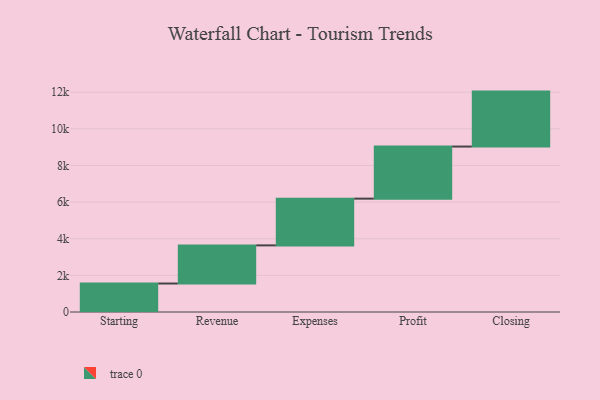
{"axis": {"x": "Step", "y": "Value"}, "legend": [""], "data": [{"x": "Starting", "y": 1555.0, "type": ""}, {"x": "Revenue", "y": 2082.0, "type": ""}, {"x": "Expenses", "y": 2552.0, "type": ""}, {"x": "Profit", "y": 2844.0, "type": ""}, {"x": "Closing", "y": 3000, "type": ""}]}